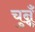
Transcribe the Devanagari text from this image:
चुन्नूँ